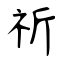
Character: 祈